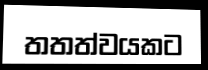
තතත්වයකට